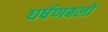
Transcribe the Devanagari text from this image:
घर्षणबलों